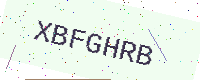
Text: XBFGHRB